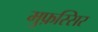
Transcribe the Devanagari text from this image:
मुफ़स्सिर